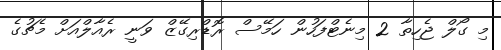
މި ގޯލް ޖެހިތާ 2 މިނެޓްފަހުން ހަމޭސް ރޮޑްރިގޭޒް ވަނީ ރެއާލްއަށް މެޗުގެ